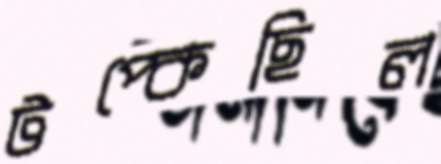
টপ্‌কেছিল